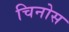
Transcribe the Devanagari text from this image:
चिनोस